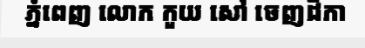
ភ្នំពេញ លោក កួយ សៅ ចេញដីកា